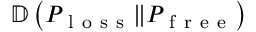
\mathbb { D } \left( P _ { \mathrm { ~ l ~ o ~ s ~ s ~ } } \Vert P _ { \mathrm { ~ f ~ r ~ e ~ e ~ } } \right)